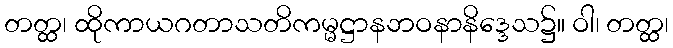
တတ္ထ၊ ထိုကာယဂတာသတိကမ္မဋ္ဌာနဘဝနာနိဒ္ဒေသ၌။ ဝါ၊ တတ္ထ၊